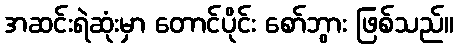
အဆင်းရဲဆုံးမှာ တောင်ပိုင်း စော်ဘွား ဖြစ်သည်။